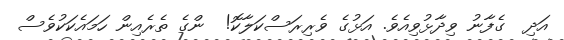
އަދި  ގެފާނު ވިދާޅުވިއެވެ. އަޅުގެ ވެރިރަސްކަލާކޮ!  ންގެ ތެރެއިން ހަމައެކަކުވެސް